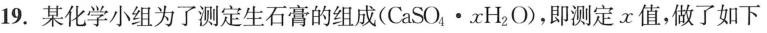
19.某化学小组为了测定生石膏的组成(￥￥CaSO_{ 4 }\cdot xH_{ 2 }O￥￥)，即测定x值，做了如下